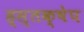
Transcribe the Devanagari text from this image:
ह्स्तक्षेप